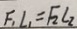
F _ { 1 } L _ { 1 } = F _ { 2 } L _ { 2 }